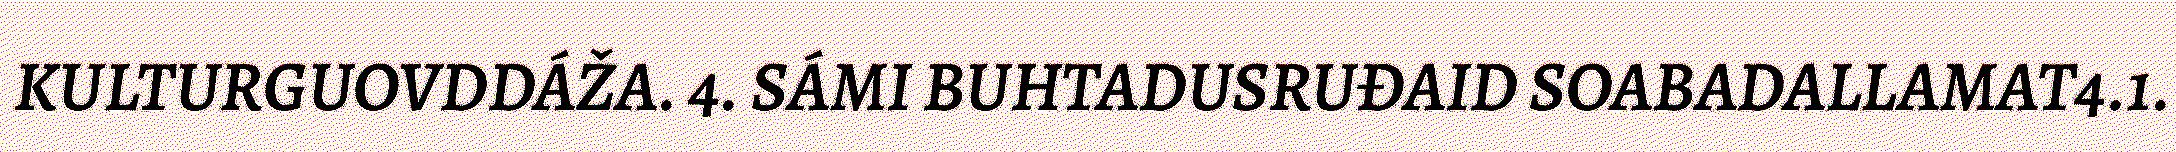
KULTURGUOVDDÁŽA. 4. SÁMI BUHTADUSRUĐAID SOABADALLAMAT4.1.